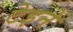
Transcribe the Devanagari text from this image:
टेइने